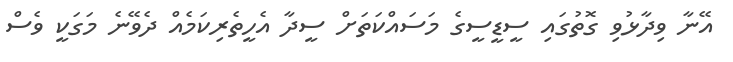
އޭނާ ވިދާޅުވި ގޮތުގައި ސީޑީސީގެ މަސައްކަތަށް ސީދާ އެހީތެރިކަމެއް ދެވޭނެ މަގަކީ ވެސް